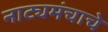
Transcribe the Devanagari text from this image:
नाट्यमंचाचे